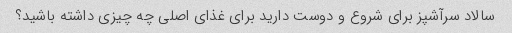
سالاد سرآشپز برای شروع و دوست دارید برای غذای اصلی چه چیزی داشته باشید؟